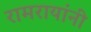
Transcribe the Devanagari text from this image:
रामरायांनी